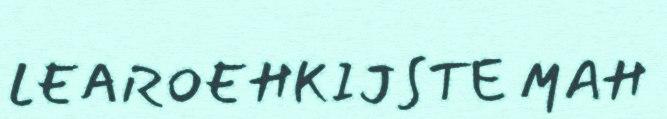
LEAROEHKIJSTE MAH